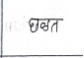
मजकूर: छळत